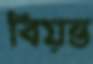
বিয়ন্ত